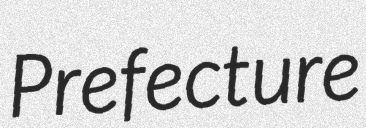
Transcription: Prefecture